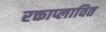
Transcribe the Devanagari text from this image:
रक्ताप्लावित